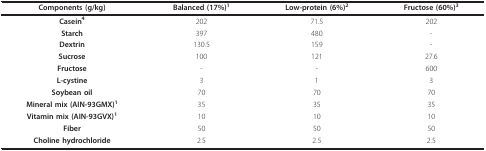
<table><thead><tr><td><b>Components (g/kg)</b></td><td><b>Balanced (17%)<sup>1</sup></b></td><td><b>Low-protein (6%)<sup>2</sup></b></td><td><b>Fructose(60%)<sup>3</sup></b></td></tr></thead><tbody><tr><td><b>Casein</b><sup><b>4</b></sup></td><td>202</td><td>71.5</td><td>202</td></tr><tr><td><b>Starch</b></td><td>397</td><td>480</td><td>-</td></tr><tr><td><b>Dextrin</b></td><td>130.5</td><td>159</td><td>-</td></tr><tr><td><b>Sucrose</b></td><td>100</td><td>121</td><td>27.6</td></tr><tr><td><b>Fructose</b></td><td>-</td><td>-</td><td>600</td></tr><tr><td><b>L-cystine</b></td><td>3</td><td>1</td><td>3</td></tr><tr><td><b>Soybean oil</b></td><td>70</td><td>70</td><td>70</td></tr><tr><td><b>Mineral mix (AIN-93GMX)</b><sup><b>1</b></sup></td><td>35</td><td>35</td><td>35</td></tr><tr><td><b>Vitamin mix (AIN-93GVX)</b><sup><b>1</b></sup></td><td>10</td><td>10</td><td>10</td></tr><tr><td><b>Fiber</b></td><td>50</td><td>50</td><td>50</td></tr><tr><td><b>Choline hydrochloride</b></td><td>2.5</td><td>2.5</td><td>2.5</td></tr></tbody></table>